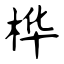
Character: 桦